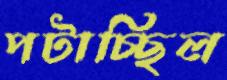
পটাচ্ছিল